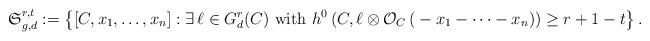
LaTeX: \begin{align*}\mathfrak{S}^{r,t}_{g,d} := \left\{ [C,x_1,\dots,x_n] : \exists \, \ell \in G^r_{d}(C) \,\,\mbox{with}\,\, h^0\left( C,\ell \otimes \mathcal{O}_C\left({} - x_1-\cdots -x_n \right) \right) \geq r+1-t \right\}.\end{align*}